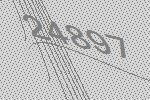
24897